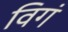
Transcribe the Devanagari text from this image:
विगं